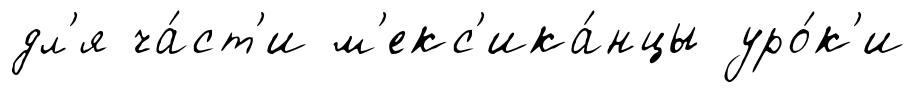
дл'я ча́ст'и м'екс'ика́нцы уро́к'и